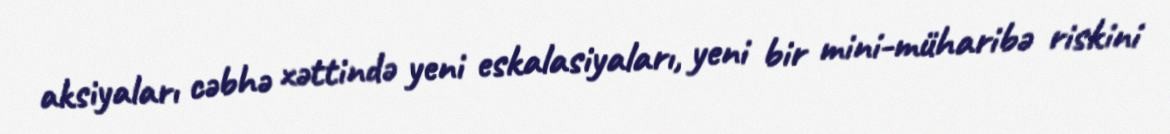
aksiyaları cəbhə xəttində yeni eskalasiyaları, yeni bir mini-müharibə riskini